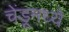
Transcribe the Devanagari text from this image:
चेंडूमध्ये